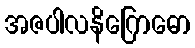
အဇပါလနိဂြောဓော